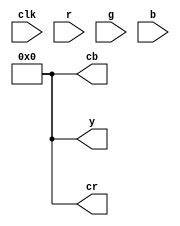
module rgb2ycbcr_calc(clk, r, g, b, y, cr, cb);
	//
	// inputs & outputs
	//
	input        clk;
	input  [7:0] r, g, b;
	output [7:0] y = 0, cr = 0, cb = 0;

	parameter const1 = 10'h107;	//0.257
	parameter const2 = 10'h204;	//0.504
	parameter const3 = 10'h64;	//0.098
	
	parameter const4 = 10'h97;	//0.148
	parameter const5 = 10'h129;	//0.291
	parameter const6 = 10'h1c1;	//0.439
	
	parameter const7 = 10'h1c1;	//0.439
	parameter const8 = 10'h178;	//0.368
	parameter const9 = 10'h48;	//0.071


	// step 1: Calculate Y, Cr, Cb
	//*4 for 10-bits precision
	//Y = 0.257R¡ä + 0.504G¡ä + 0.098B¡ä + 16
	//
	//Cb = -0.148R¡ä - 0.291G¡ä + 0.439B¡ä + 128
	//
	//Cr = 0.439R¡ä - 0.368G¡ä - 0.071B¡ä + 128	
	//
	// variables
	//
	reg [7:0] y, cr, cb;
	// calculate Yint,Cb_int,Cr_int
	reg [20:0] Y_int = 0, Cb_int = 0, Cr_int = 0;

    always@(posedge clk)
    begin
        Y_int  <= const1*r + const2*g + const3*b + 18'h4000;
        Cb_int <= 18'h20000 + const6*b - const4*r - const5*g;
        Cr_int <= 18'h20000 + const7*r - const8*g - const9*b;
    end

	/* limit output to 0 - 4095, <0 equals o and >4095 equals 4095 */
    always@(posedge clk)
    begin
        y  <=  (Y_int[20]) ? 16 : (Y_int[19:18] == 2'b0)  ? Y_int[17:10]  : 235;
        cb <= (Cb_int[20]) ? 16 : (Cb_int[19:18] == 2'b0) ? Cb_int[17:10] : 240;
        cr <= (Cr_int[20]) ? 16 : (Cr_int[19:18] == 2'b0) ? Cr_int[17:10] : 240;
    end
    
endmodule